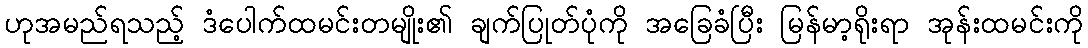
ဟုအမည်ရသည့် ဒံပေါက်ထမင်းတမျိုး၏ ချက်ပြုတ်ပုံကို အခြေခံပြီး မြန်မာ့ရိုးရာ အုန်းထမင်းကို